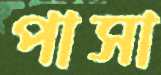
পাসা